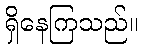
ရှိနေကြသည်။